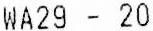
WA29 - 20